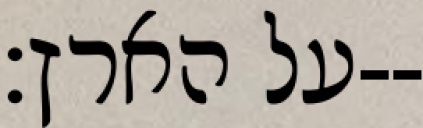
על הארץ׃--